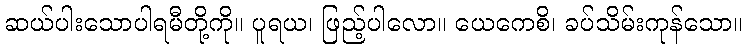
ဆယ်ပါးသောပါရမီတို့ကို။ ပူရယ၊ ဖြည့်ပါလော။ ယေကေစိ၊ ခပ်သိမ်းကုန်သော။